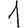
Digit: 1